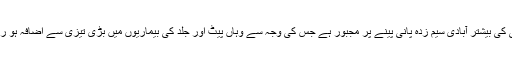
کراچی کی بیشتر آبادی سیم زدہ پانی پینے پر مجبور ہے جس کی وجہ سے وہاں پیٹ اور جلد کی بیماریوں میں بڑی تیزی سے اضافہ ہو رہا ہے۔